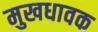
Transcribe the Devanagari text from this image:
मुखधावक